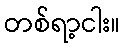
တစ်ရာ့ငါး။